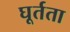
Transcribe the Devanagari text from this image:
घूर्तता